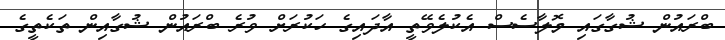
ބްރައުން ޝުގާގައި މޮލާސެސް އެކުލެވޭތީ އާދައިގެ ހަކުރަށް ވުރެ ބްރައުން ޝުގާއިން ތަކެތީގެ